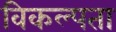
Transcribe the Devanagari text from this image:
विकल्पता